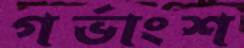
গর্ভাংশ